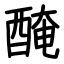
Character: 醃